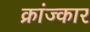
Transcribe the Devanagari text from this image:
क्रांज्कार